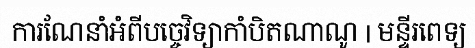
ការណែនាំអំពីបច្ចេវិទ្យាកាំបិតណាណូ | មន្ទីរពេទ្យ